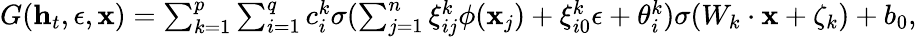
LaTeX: \begin{array}{r}{G(\mathbf{h}_{t},\epsilon,\mathbf{x})=\sum_{k=1}^{p}\sum_{i=1}^{q}c_{i}^{k}\sigma(\sum_{j=1}^{n}\xi_{ij}^{k}\phi(\mathbf{x}_{j})+\xi_{i0}^{k}\epsilon+\theta_{i}^{k})\sigma(W_{k}\cdot\mathbf{x}+\zeta_{k})+b_{0},}\end{array}